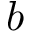
b